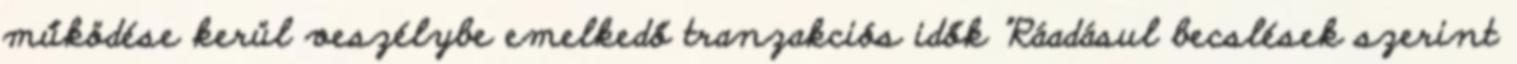
működése kerül veszélybe emelkedő tranzakciós idők "Ráadásul becslések szerint